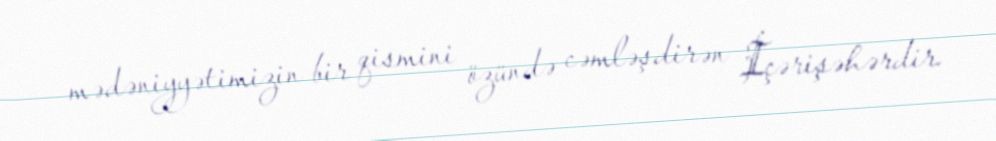
mədəniyyətimizin bir qismini özündə cəmləşdirən İçərişəhərdir.